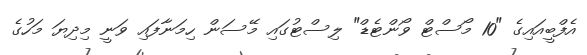
އެފްބީއައިގެ "10 މޯސްޓް ވޯންޓެޑް" ލިސްޓުގައި މޭސަން ހިމަނާފައި ވަނީ މިދިޔަ މަހުގެ